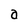
Character: a